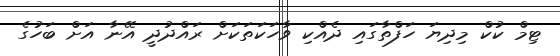
ޓިމް ކުކް މިދިޔަ ހަފްތާގައި ދެއްކި ވާހަކަތަކަށް ރައްދުދީ އޭނާ އަށް ބަހުގެ